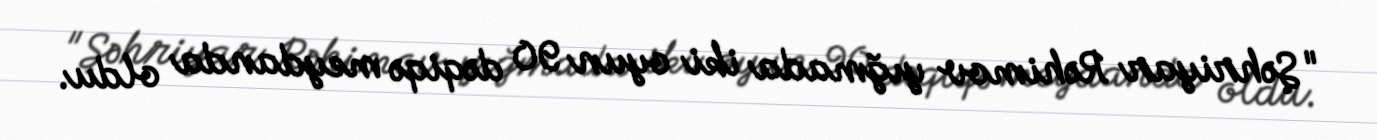
"Şəhriyar Rəhimov yığmada iki oyun 90 dəqiqə meydanda oldu.